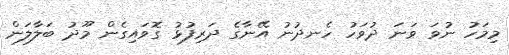
މިމަހު ނުވަ ވަނަ ދުވަހު ހެނދުނު އޭނާގެ ދަރިފުޅު ގޮވައިގެން މޫދު ބަލާލަން